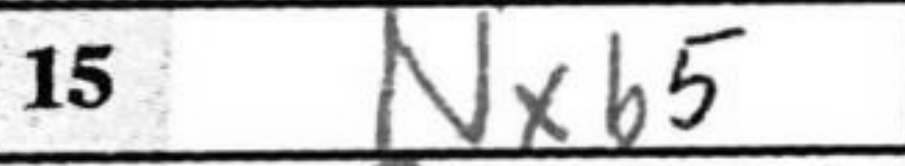
Transcription: Nxb5